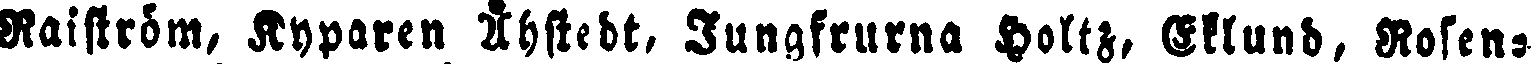
Raiström, Kyparen Åhstedt, Jungfrurna Holtz, Eklund, Rosen-